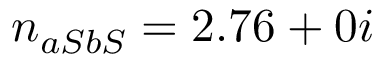
n _ { a S b S } = 2 . 7 6 + 0 i